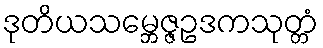
ဒုတိယသမ္ဘေဇ္ဇဥဒကသုတ္တံ